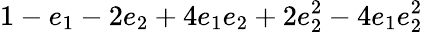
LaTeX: \displaystyle 1-e_{1}-2e_{2}+4e_{1}e_{2}+2e_{2}^{2}-4e_{1}e_{2}^{2}